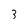
Character: 3